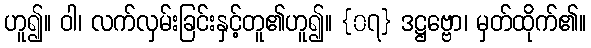
ဟူ၍။ ဝါ၊ လက်လှမ်းခြင်းနှင့်တူ၏ဟူ၍။ {၀၇} ဒဋ္ဌဗ္ဗော၊ မှတ်ထိုက်၏။